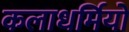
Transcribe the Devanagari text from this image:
कलाधर्मियों